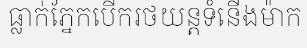
ធ្លាក់ភ្នែកបើករថយន្តទំនើងម៉ាក